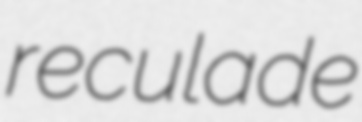
reculade